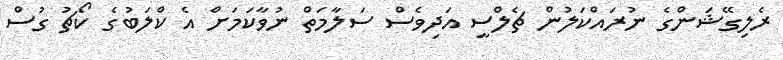
ރެލިގޭޝަންގެ ނުރައްކަލުން ޗެލްސީ އަދިވެސް ސަލާމަތް ނުވާކަމަށް އެ ކްލަބުގެ ކޯޗު ގުސް